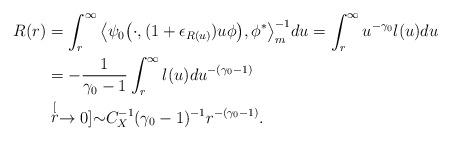
LaTeX: \begin{align*} R(r) & = \int_r^\infty \big\langle \psi_0 \big(\cdot,( 1 + \epsilon_{R(u)} ) u \phi \big), \phi^* \big\rangle_m^{-1} du = \int_r^\infty u^{-\gamma_0} l(u) du \\ & = -\frac{1}{\gamma_0-1}\int_r^\infty l(u) du^{-(\gamma_0 - 1)} \\ & \stackrel[r\to 0]{}{\sim} C_X^{-1} (\gamma_0-1)^{-1} r^{-(\gamma_0 - 1)}. \end{align*}